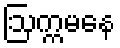
ဩက္ကမနေ